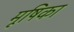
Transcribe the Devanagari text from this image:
मूषिका